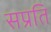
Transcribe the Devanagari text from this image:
सप्रति